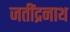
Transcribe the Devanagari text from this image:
जतींद्रनाथ